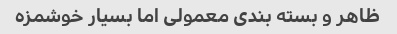
ظاهر و بسته بندی معمولی اما بسیار خوشمزه